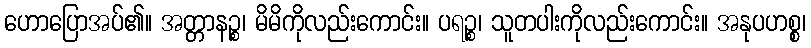
ဟောပြောအပ်၏။ အတ္တာနဉ္စ၊ မိမိကိုလည်းကောင်း။ ပရဉ္စ၊ သူတပါးကိုလည်းကောင်း။ အနုပဟစ္စ၊